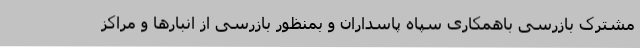
مشترک بازرسی باهمکاری سپاه پاسداران و بمنظور بازرسی از انبارها و مراکز